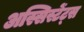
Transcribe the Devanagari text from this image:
अस्सिस्टेंट्स